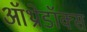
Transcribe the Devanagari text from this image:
ऑथ्रोडॉक्स